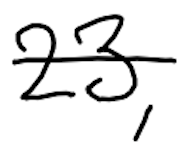
Text: 23,
Cross-out: single-line
Writing tool: digital_black